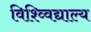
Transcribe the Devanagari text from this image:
विश्व्विद्याल्य